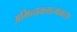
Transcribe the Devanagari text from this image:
अभिव्यक्तात्मकता